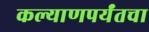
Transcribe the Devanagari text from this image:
कल्याणपर्यंतचा